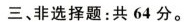
三、非选择题：共64分。